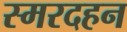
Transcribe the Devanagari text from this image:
स्मरदहन